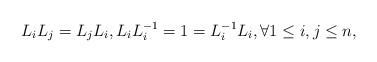
LaTeX: \begin{align*} L_i L_j=L_j L_i, L_i L_i^{-1} = 1 = L_i^{-1}L_i,\forall 1\leq i,j \leq n,\end{align*}